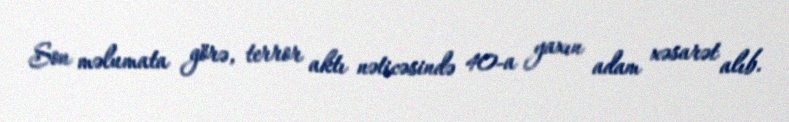
Son məlumata görə, terror aktı nəticəsində 40-a yaxın adam xəsarət alıb.